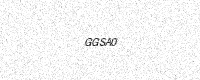
Text: GGSA0